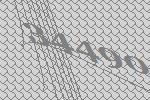
34490